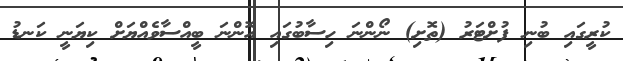
ކުރީގައި ބުނި ފުށްޓަރު (ތޮށި) ނޯންނަ ހިސާބުގައި އޮންނަ ބީއްސާވެއްޔަށް ކިޔަނީ ކަނޑު